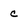
Character: c